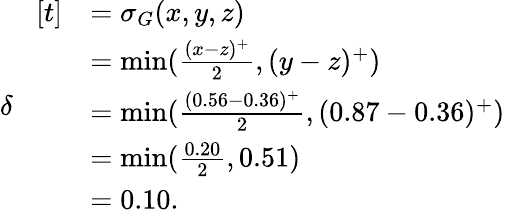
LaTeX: \begin{array}{rl}{\delta}&{\! \begin{array}{rl}{[t]}&{=\sigma_{G}(x,y,z)}\\ &{=\operatorname*{min}(\frac{(x-z)^{+}}{2},(y-z)^{+})}\\ &{=\operatorname*{min}(\frac{(0.56-0.36)^{+}}{2},(0.87-0.36)^{+})}\\ &{=\operatorname*{min}(\frac{0.20}{2},0.51)}\\ &{=0.10.}\end{array}}\end{array}